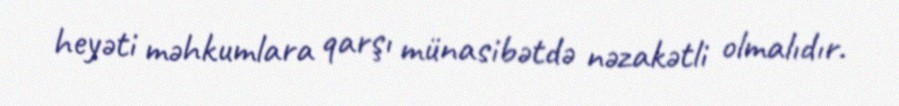
heyəti məhkumlara qarşı münasibətdə nəzakətli olmalıdır.